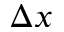
\Delta x